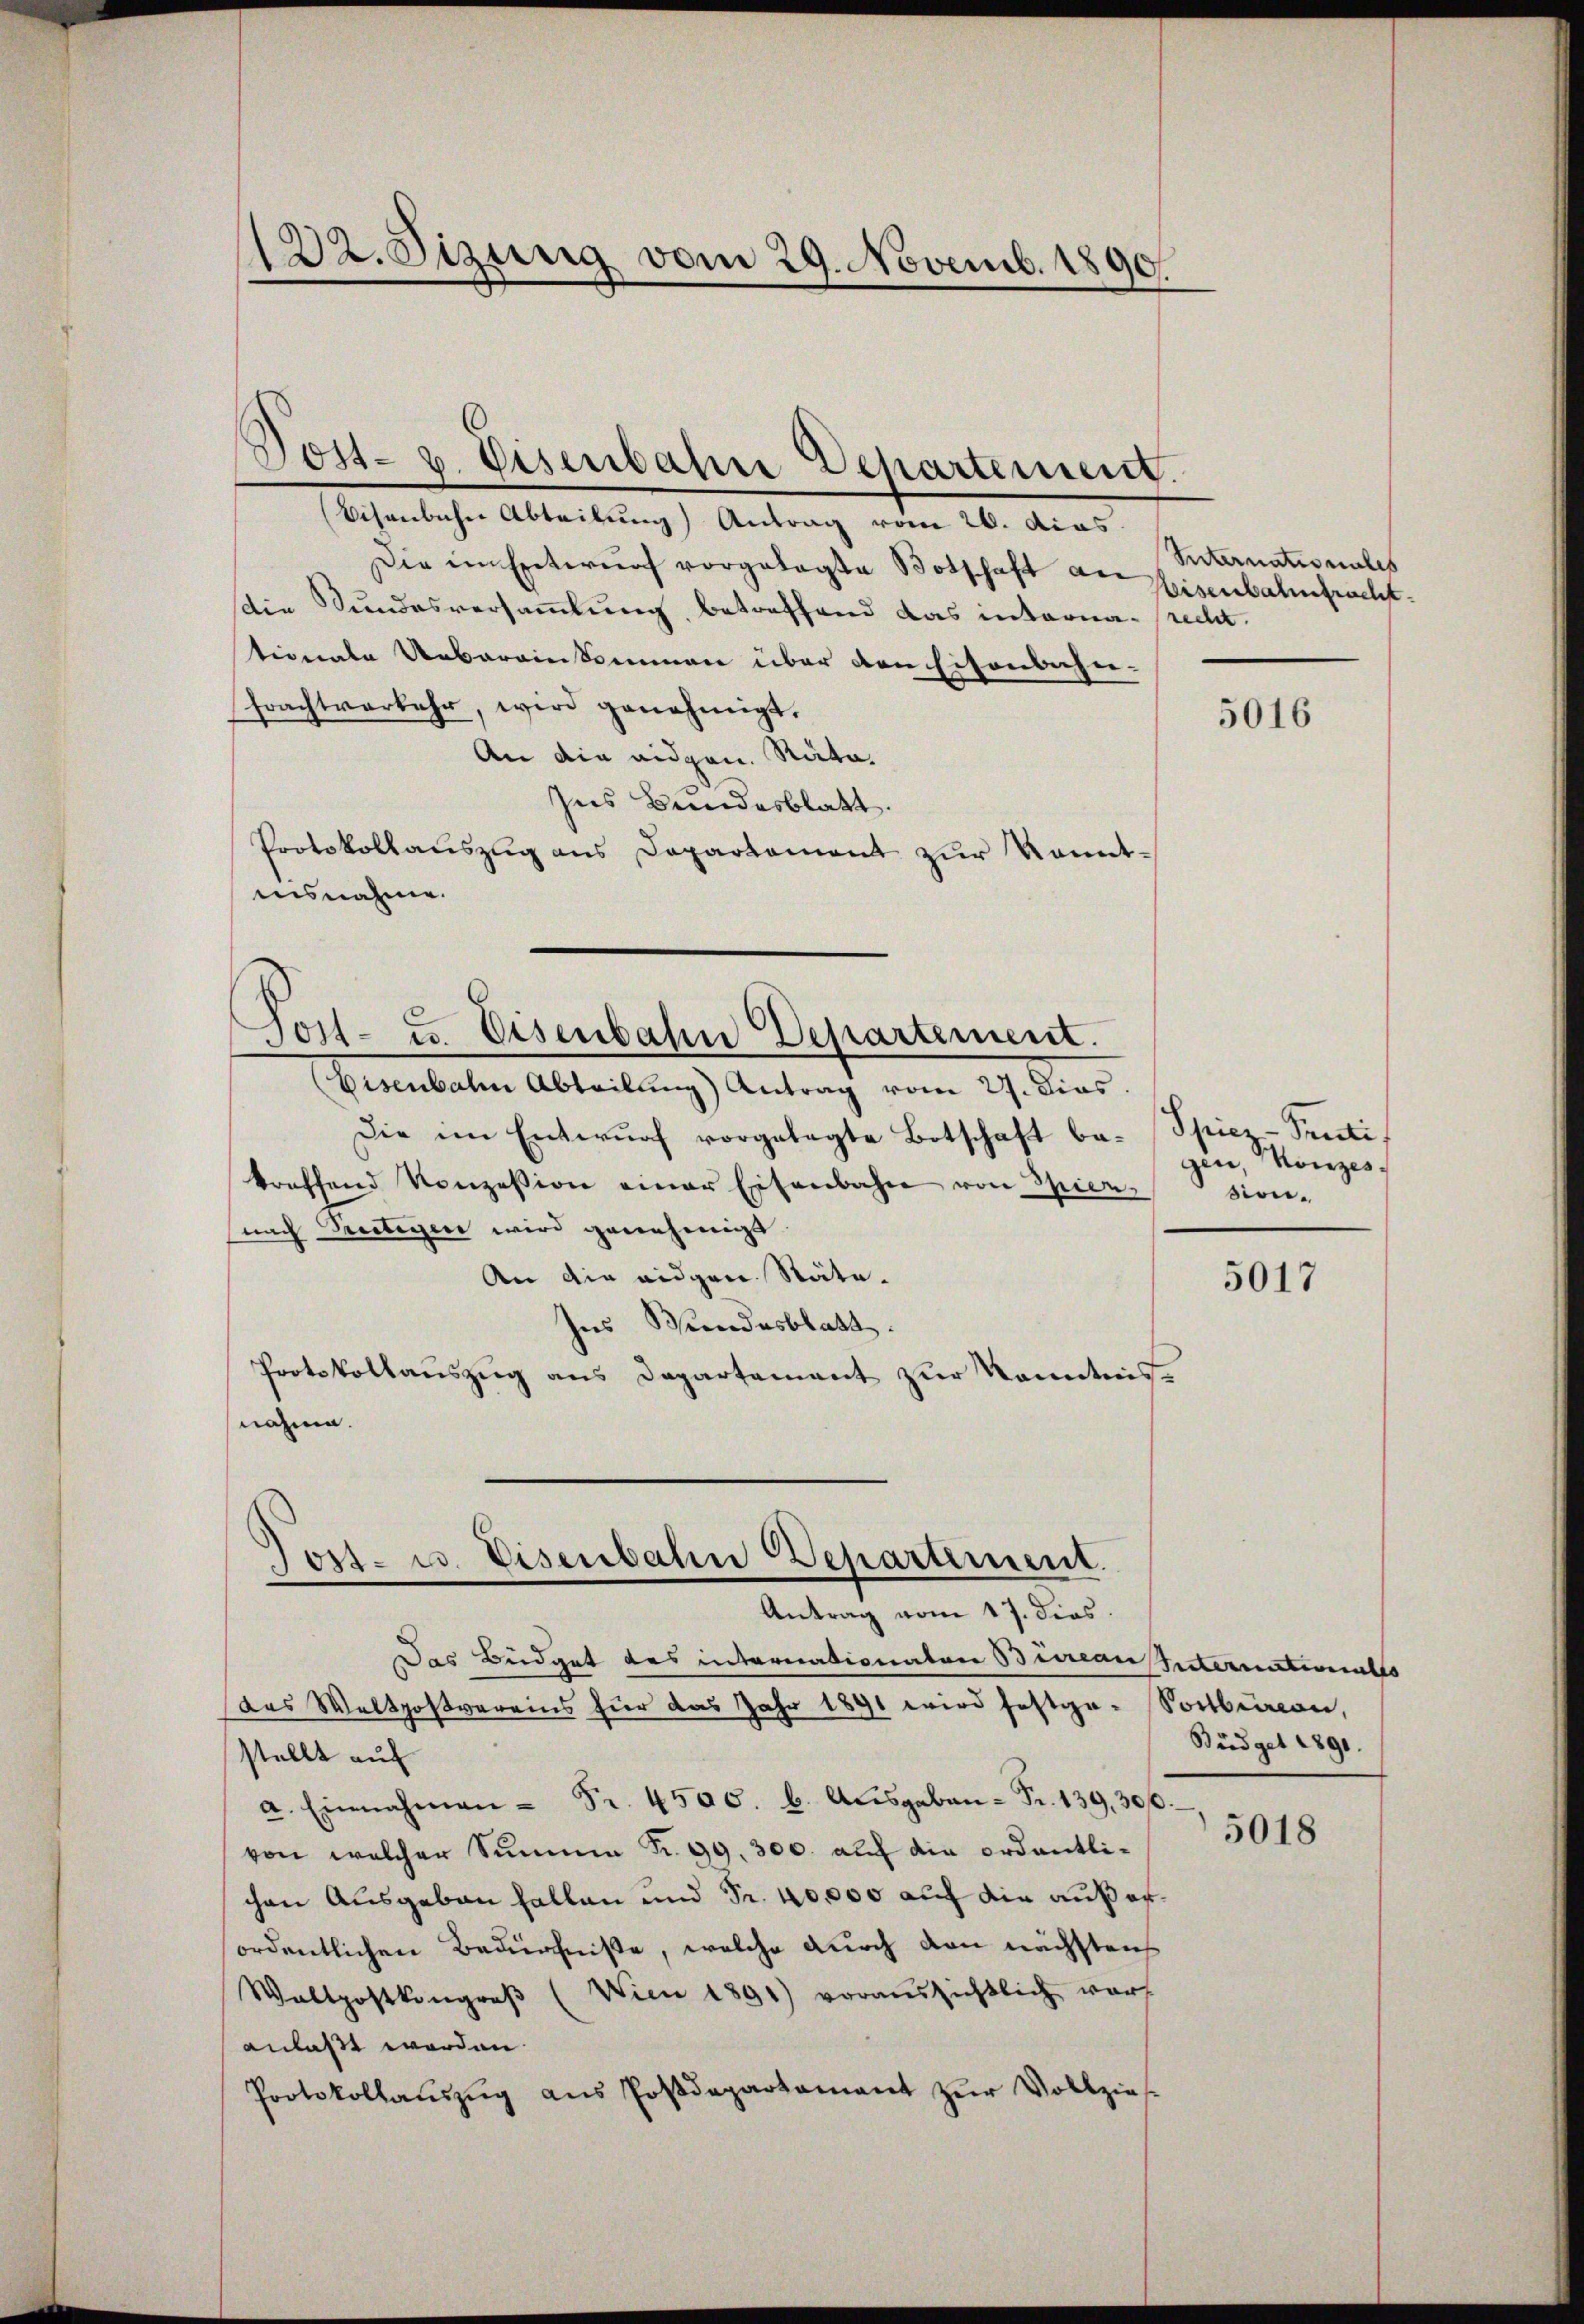
122. Sizung vom 29. Novemb. 1890.

Eisenbahn Abteilung Antrag vom 26. dias.
Die im Entwŭrf vorgelegte Botschaft an Heisenbahnfruchtdie Sundesversammlung, betreffend das interna- recht.
tionale Uebereinkommen über den Eisenbahn-
Erachtverkehr, wird genehmigt.
An die eidgen. Räte.
Ins Bundesblatt.
Protokollauszug aus Departement zur Kenntnisnahme.

Post- & Eisenbahn Departement.

Post- u. Eisenbahn Departement.

Eisenbalen Abteilung) Antrag vom 27. Dies
Die im Entwŭrf vorgelegte Botschaft be- Spiez-Senti
kroffend Konzession einer Eisenbahn von Spier
nach Peutigen wird genehmigt
An die eidgen. Räte.
ses Bundesblatt.
Protokollauszug aus Departement zur kanntnisnahme.

Jost- u. Eisenbahn Departement.
Antrag vom 17. dies
Das Büdget des internationaten Bureau Internativentes

das Waltpoßvereins für das Jahr 1891 wird festge-Solbeinan,
stellt auf
a. Einnahmen - Fr. 4500. b. Aŭsgaben - Fr. 139, 300.
von welcher Summe Nr. 99. 300. auf die ordentlichen Ausgaben fallen und Fr. 40,000 auf die außerordentlichen Bedürfniße, welche durch den nächstens
Waltpostkongreβ (Wien 1891) voraussichtlich warf
anlaßt worden.
Protokollaŭszŭg aŭs Postdepartament zŭr Vollziehe

Snternationales

5016

gen, Konzession.

5017

Büdget 1890.
5018